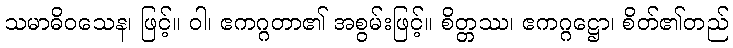
သမာဓိဝသေန၊ ဖြင့်။ ဝါ၊ ဧကဂ္ဂတာ၏ အစွမ်းဖြင့်။ စိတ္တဿ၊ ဧကဂ္ဂဋ္ဌော၊ စိတ်၏တည်